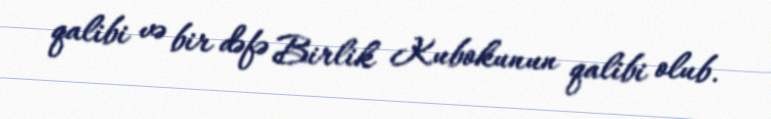
qalibi və bir dəfə Birlik Kubokunun qalibi olub.